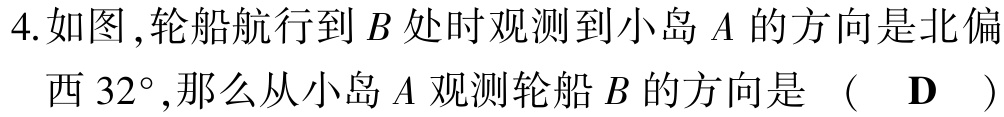
4.如图,轮船航行到\(B\)处时观测到小岛\(A\)的方向是北偏西\(32^{\circ}\),那么从小岛\(A\)观测轮船\(B\)的方向是 （ \(\mathbf{D}\) ）